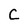
Character: C